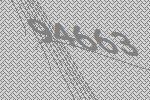
94663